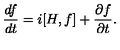
\frac { d f } { d t } = i [ H , f ] + \frac { \partial f } { \partial t } .